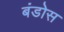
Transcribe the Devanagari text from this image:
बंडोस